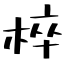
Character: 椊